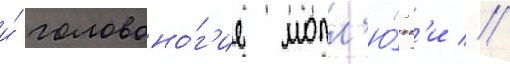
и́ головоно́г'ие молл'ю́ск'и //